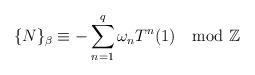
LaTeX: \begin{align*}\{N\}_{\beta} \equiv -\sum_{n=1}^{q}\omega_{n}T^{n}(1) \mod{\mathbb{Z}}\end{align*}